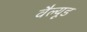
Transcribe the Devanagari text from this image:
वैल्यूड